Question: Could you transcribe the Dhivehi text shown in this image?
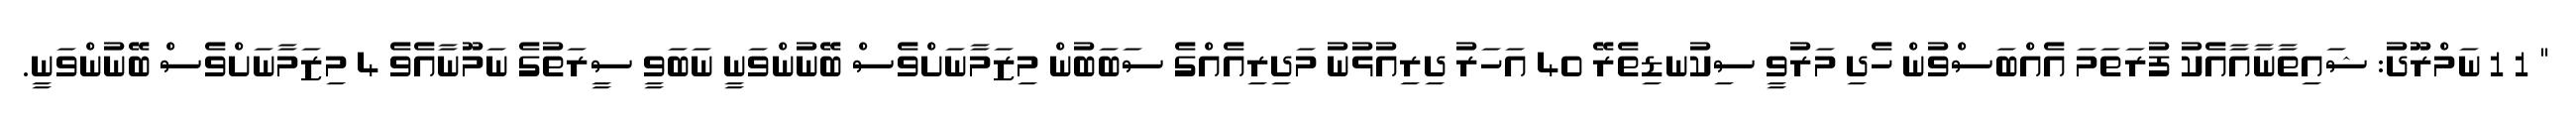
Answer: " 1 1 ނަމްރޫދު: ޝައިތާނާއާއެކު ފުރަތަމަ އެއްބަސްވުން ހެދި މަރުވީ ސިކުނޑިތެރޭ 40 އަހަރު ދިރިއުޅުނު މަދިރިއެއްގެ ސަބަބުން މިޒަމާނަށްވެސް ބޭނުންވަނީ ނަބަވީ ސީރަތުގެ ނަމޫނާއެވެ 4 މިޒަމާނަށްވެސް ބޭނުންވަނީ.